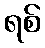
ရစ်